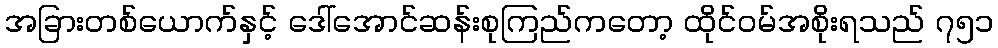
အခြားတစ်ယောက်နှင့် ဒေါ်အောင်ဆန်းစုကြည်ကတော့ ထိုင်ဝမ်အစိုးရသည် ၇၅၁